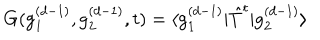
G ( \mathrm { g } _ { 1 } ^ { ( d - 1 ) } , \mathrm { g } _ { 2 } ^ { ( d - 1 ) } , t ) = \langle \mathrm { g } _ { 1 } ^ { ( d - 1 ) } | \hat { T } ^ { t } | \mathrm { g } _ { 2 } ^ { ( d - 1 ) } \rangle